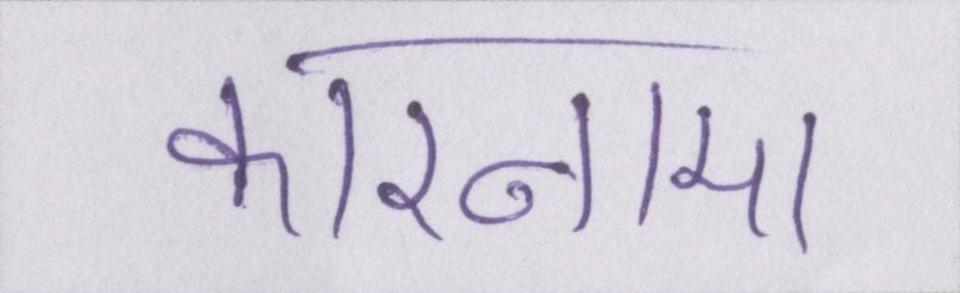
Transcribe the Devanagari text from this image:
कारनामा